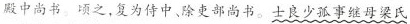
殿中尚书。顷之，复为侍中、除吏部尚书。士良少孤事继母梁氏